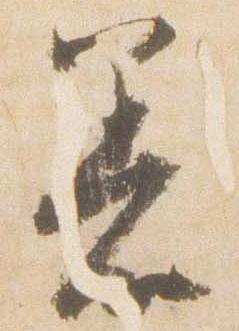
着